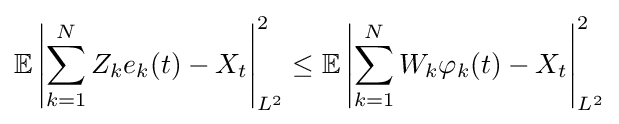
\mathbb {E} \left|\sum _{k=1}^{N}Z_{k}e_{k}(t)-X_{t}\right|_{L^{2}}^{2}\leq \mathbb {E} \left|\sum _{k=1}^{N}W_{k}\varphi _{k}(t)-X_{t}\right|_{L^{2}}^{2}